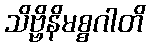
သိဗ္ဗိနိမစ္စဂါတိ